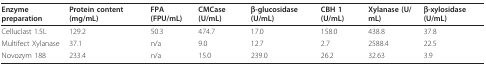
<table><thead><tr><td><b>Enzyme preparation</b></td><td><b>Protein content (mg/mL)</b></td><td><b>FPA (FPU/mL)</b></td><td><b>CMCase (U/mL)</b></td><td><b>β-glucosidase (U/mL)</b></td><td><b>CBH 1 (U/mL)</b></td><td><b>Xylanase (U/mL)</b></td><td><b>β-xylosidase (U/mL)</b></td></tr></thead><tbody><tr><td>Celluclast 1.5L</td><td>129.2</td><td>50.3</td><td>474.7</td><td>17.0</td><td>158.0</td><td>438.8</td><td>37.8</td></tr><tr><td>Multifect Xylanase</td><td>37.1</td><td>n/a</td><td>9.0</td><td>12.7</td><td>2.7</td><td>2588.4</td><td>22.5</td></tr><tr><td>Novozym 188</td><td>233.4</td><td>n/a</td><td>15.0</td><td>239.0</td><td>26.2</td><td>32.63</td><td>3.9</td></tr></tbody></table>